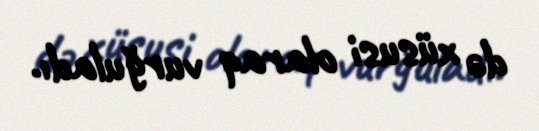
də xüsusi olaraq vurğuladı.